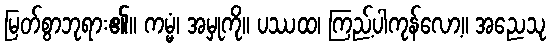
မြတ်စွာဘုရား၏။ ကမ္မံ၊ အမှုကို။ ပဿထ၊ ကြည့်ပါကုန်လော့။ အညေသု